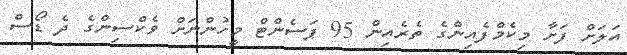
އަލަށް ފަށާ މިކެމްފެއިންގެ ތެރެއިން 95 ޕަސެންޓް މީހުންނަށް ވެކްސިންގެ ދެ ޑޯސް